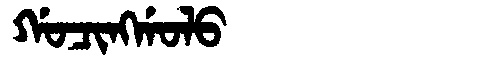
Manchu: ᡤᠣᠴᡳᠩᡤᠣᠯᠣ
Romanization: GOCINGGOLO